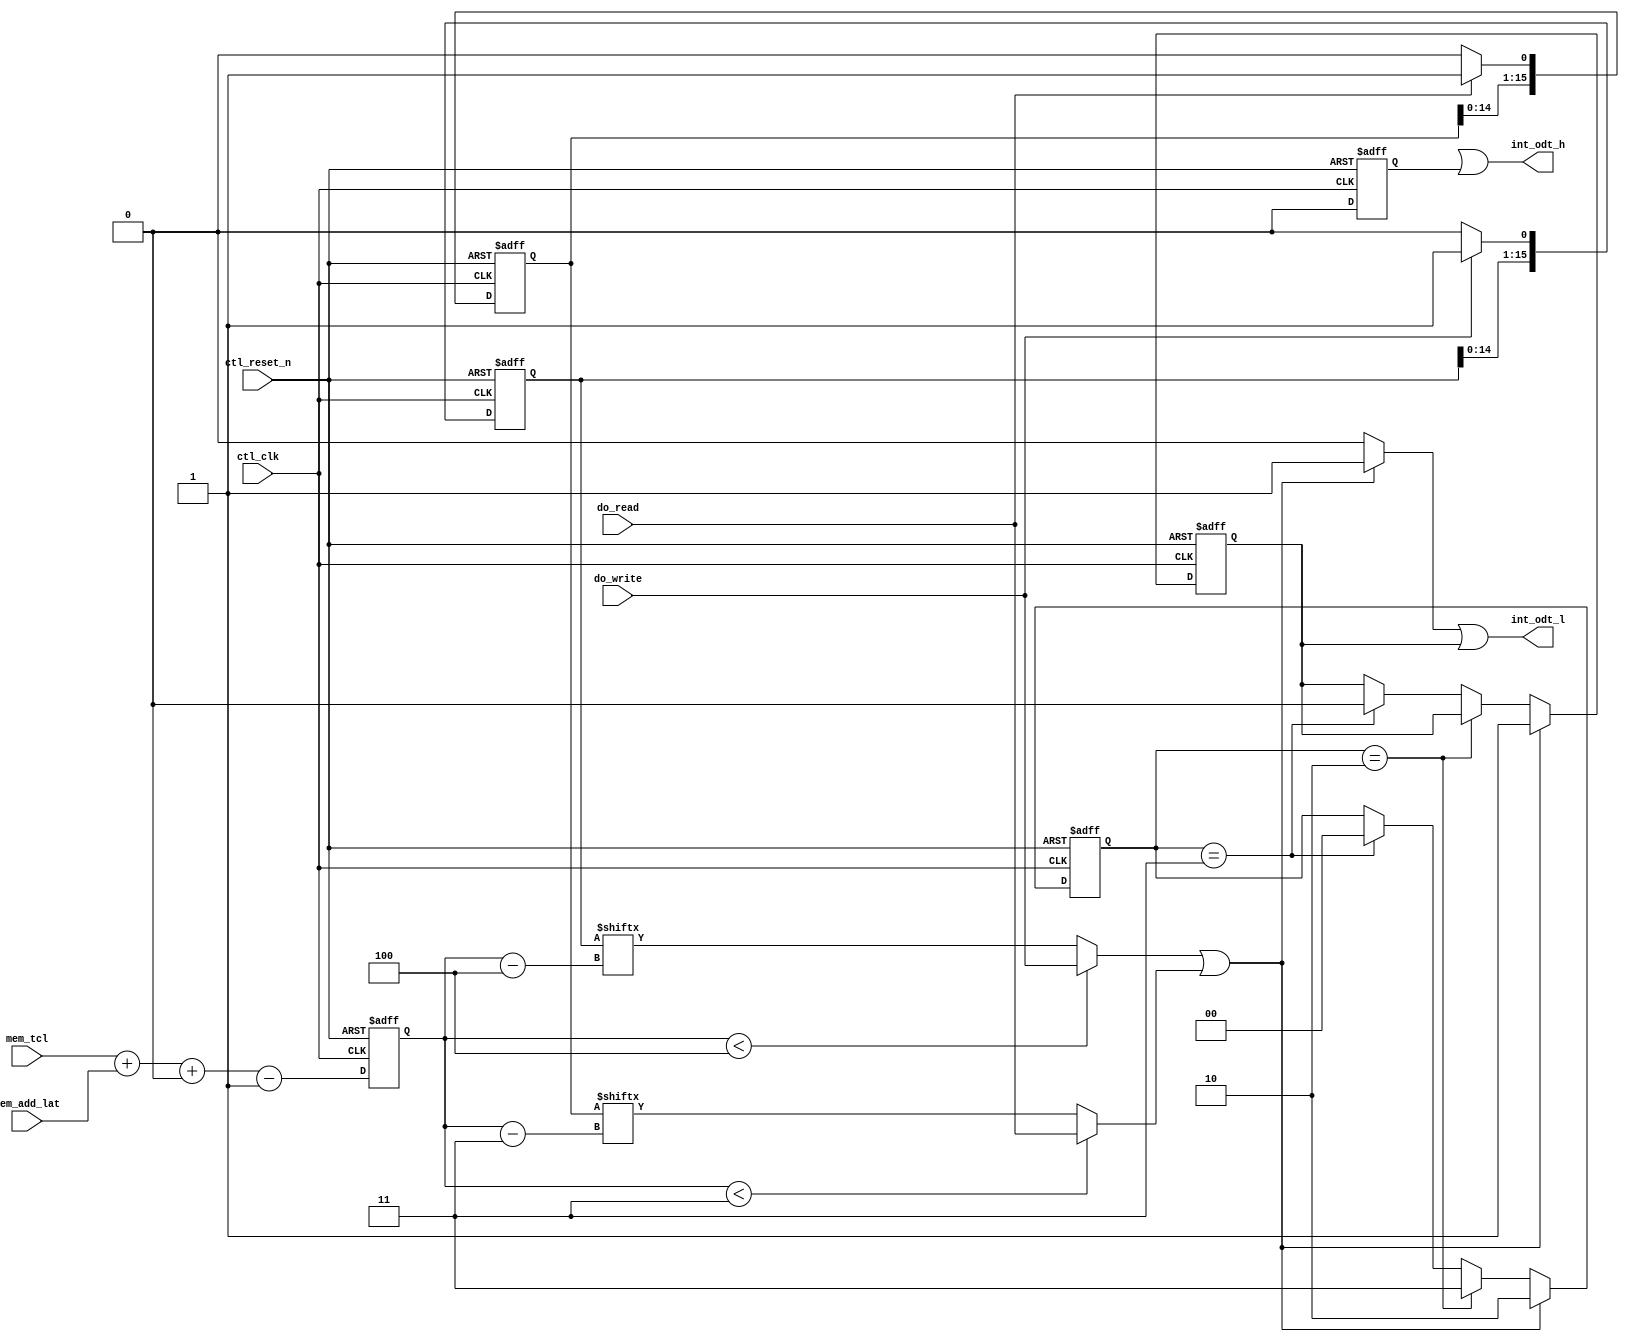
// (C) 2001-2011 Altera Corporation. All rights reserved.
// Your use of Altera Corporation's design tools, logic functions and other 
// software and tools, and its AMPP partner logic functions, and any output 
// files any of the foregoing (including device programming or simulation 
// files), and any associated documentation or information are expressly subject 
// to the terms and conditions of the Altera Program License Subscription 
// Agreement, Altera MegaCore Function License Agreement, or other applicable 
// license agreement, including, without limitation, that your use is for the 
// sole purpose of programming logic devices manufactured by Altera and sold by 
// Altera or its authorized distributors.  Please refer to the applicable 
// agreement for further details.




`timescale 1 ps / 1 ps
module ddr2_v10_1_alt_ddrx_ddr2_odt_gen
    # (parameter
        DWIDTH_RATIO        =   2,
        MEMORY_BURSTLENGTH  =   8,
        ADD_LAT_BUS_WIDTH   =   3,
        CTL_OUTPUT_REGD     =   0,
        TCL_BUS_WIDTH       =   4
    )
    (
        ctl_clk,
        ctl_reset_n,
        mem_tcl,
        mem_add_lat,
        do_write,
        do_read,
        int_odt_l,
        int_odt_h
    );
    
    input                           ctl_clk;
    input                           ctl_reset_n;
    input   [TCL_BUS_WIDTH-1:0]     mem_tcl;
    input   [ADD_LAT_BUS_WIDTH-1:0] mem_add_lat;
    
    input do_write;
    input do_read;
    
    output  int_odt_l;
    output  int_odt_h;
    
    localparam   TCL_PIPE_LENGTH =   2**TCL_BUS_WIDTH; 
    localparam   TAOND           =   2;
    localparam   TAOFD           =   2.5;
    
    wire do_write;
    wire do_read;
    wire [1:0] regd_output;
    
    wire [TCL_BUS_WIDTH-1:0]    int_tcwl_unreg;
    reg  [TCL_BUS_WIDTH-1:0]    int_tcwl;
    
    wire int_odt_l;
    wire int_odt_h;
    
    reg reg_odt_l;
    reg reg_odt_h;
    
    reg combi_odt_l;
    reg combi_odt_h;
    
    reg [1:0] offset_code;
    
    reg start_odt_write;
    reg start_odt_read;
    reg [TCL_PIPE_LENGTH-1:0]   do_write_pipe;
    reg [TCL_PIPE_LENGTH-1:0]   do_read_pipe;
    
    assign  int_odt_l   =   combi_odt_l | reg_odt_l;
    assign  int_odt_h   =   combi_odt_h | reg_odt_h;
    assign  regd_output = (DWIDTH_RATIO == 2) ? (CTL_OUTPUT_REGD ? 2'd1 : 2'd0) : (CTL_OUTPUT_REGD ? 2'd2 : 2'd0);
    assign  int_tcwl_unreg    = (mem_tcl + mem_add_lat + regd_output - 1'b1);
    
    always @(posedge ctl_clk, negedge ctl_reset_n)
        begin
            if (!ctl_reset_n)
                int_tcwl    <=  0;
            else
                int_tcwl    <=  int_tcwl_unreg;
        end
    
    always @(*)
        begin
            if (DWIDTH_RATIO == 2)
                begin
                    if (int_tcwl < 4)
                        start_odt_write <=  do_write;
                    else
                        start_odt_write <=  do_write_pipe[int_tcwl - 4];
                end
            else 
                begin
                    if (int_tcwl < 4)
                        start_odt_write <=  do_write;
                    else
                        start_odt_write <=  do_write_pipe[(int_tcwl - 4)/2];
                end
        end
    
    always @(*)
        begin
            if (DWIDTH_RATIO == 2)
                begin
                    if (int_tcwl < 3)
                        start_odt_read  <=  do_read;
                    else
                        start_odt_read  <=  do_read_pipe[int_tcwl - 3];
                end
            else 
                begin
                    if (int_tcwl < 3)
                        start_odt_read  <=  do_read;
                    else
                        start_odt_read  <=  do_read_pipe[(int_tcwl - 3)/2];
                end
        end
    
    always @(posedge ctl_clk, negedge ctl_reset_n)
        begin
            if (!ctl_reset_n)
                do_write_pipe    <=  0;
            else
                if (do_write)
                    do_write_pipe    <=  {do_write_pipe[TCL_PIPE_LENGTH-2:0],do_write};
                else
                    do_write_pipe    <=  {do_write_pipe[TCL_PIPE_LENGTH-2:0],1'b0};
        end
    
    always @(posedge ctl_clk, negedge ctl_reset_n)
        begin
            if (!ctl_reset_n)
                do_read_pipe    <=  0;
            else
                if (do_read)
                    do_read_pipe    <=  {do_read_pipe[TCL_PIPE_LENGTH-2:0],do_read};
                else
                    do_read_pipe    <=  {do_read_pipe[TCL_PIPE_LENGTH-2:0],1'b0};
        end
    
    always @(*)
        begin
            if (DWIDTH_RATIO == 2)
                begin
                    if (start_odt_write || start_odt_read)
                        combi_odt_l <=  1'b1;
                    else
                        combi_odt_l <=  1'b0;
                end
            else 
                begin
                    if (int_tcwl % 2 == 0) 
                        begin
                            if (start_odt_write)
                                begin
                                    combi_odt_l   <=  1'b1;
                                    combi_odt_h   <=  1'b1;
                                end
                            else if (start_odt_read)
                                begin
                                    combi_odt_l   <=  1'b0;
                                    combi_odt_h   <=  1'b1;
                                end
                            else
                                begin
                                    combi_odt_l   <=  1'b0;
                                    combi_odt_h   <=  1'b0;
                                end
                        end
                    else
                        begin
                            if (start_odt_read)
                                begin
                                    combi_odt_l   <=  1'b1;
                                    combi_odt_h   <=  1'b1;
                                end
                            else if (start_odt_write)
                                begin
                                    combi_odt_l   <=  1'b0;
                                    combi_odt_h   <=  1'b1;
                                end
                            else
                                begin
                                    combi_odt_l   <=  1'b0;
                                    combi_odt_h   <=  1'b0;
                                end
                        end
                end
        end
    
    always @(posedge ctl_clk, negedge ctl_reset_n)
        begin
            if (!ctl_reset_n)
                begin
                    reg_odt_l   <=  1'b0;
                    reg_odt_h   <=  1'b0;
                    offset_code <=  0;
                end
            else
                if (DWIDTH_RATIO == 2)
                    begin
                        reg_odt_h   <=  1'b0;
                        if (start_odt_write || start_odt_read)
                            begin
                                reg_odt_l   <=  1'b1;
                                offset_code <=  2;
                            end
                        else if (offset_code == 2)
                            offset_code <=  3;
                        else if (offset_code == 3)
                            begin
                                offset_code <=  0;
                                reg_odt_l   <=  1'b0;
                            end
                    end
                else
                    begin
                        if (int_tcwl % 2 == 0) 
                            begin
                                if (start_odt_write)
                                    begin
                                        reg_odt_l   <=  1'b1;
                                        reg_odt_h   <=  1'b1;
                                        offset_code <=  3;
                                    end
                                else if (start_odt_read)
                                    begin
                                        reg_odt_l   <=  1'b1;
                                        reg_odt_h   <=  1'b1;
                                        offset_code <=  0;
                                    end
                                else if (reg_odt_h && reg_odt_l && offset_code == 0)
                                    offset_code <=  1;
                                else if (reg_odt_h && reg_odt_l && offset_code == 1)
                                    begin
                                        reg_odt_l   <=  1'b0;
                                        reg_odt_h   <=  1'b0;
                                        offset_code <=  0;
                                    end
                                else if (reg_odt_h && reg_odt_l && offset_code == 3)
                                    begin
                                        reg_odt_h   <=  1'b0;
                                        offset_code <=  0;
                                    end
                                else if (!reg_odt_h && reg_odt_l)
                                    begin
                                        reg_odt_l   <=  1'b0;
                                        offset_code <=  0;
                                    end
                            end
                        else
                            begin
                                if (start_odt_read)
                                    begin
                                        reg_odt_l   <=  1'b1;
                                        reg_odt_h   <=  1'b1;
                                        offset_code <=  3;
                                    end
                                else if (start_odt_write)
                                    begin
                                        reg_odt_l   <=  1'b1;
                                        reg_odt_h   <=  1'b1;
                                        offset_code <=  0;
                                    end
                                else if (reg_odt_h && reg_odt_l && offset_code == 0)
                                    offset_code <=  1;
                                else if (reg_odt_h && reg_odt_l && offset_code == 1)
                                    begin
                                        reg_odt_l   <=  1'b0;
                                        reg_odt_h   <=  1'b0;
                                        offset_code <=  0;
                                    end
                                else if (reg_odt_h && reg_odt_l && offset_code == 3)
                                    begin
                                        reg_odt_h   <=  1'b0;
                                        offset_code <=  0;
                                    end
                                else if (!reg_odt_h && reg_odt_l)
                                    begin
                                        reg_odt_l   <=  1'b0;
                                        offset_code <=  0;
                                    end
                            end
                    end
        end

endmodule